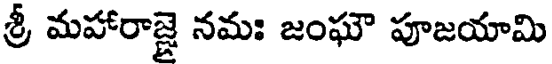
శ్రీ మహారాజ్జై నమః జంఘౌ పూజయామి